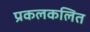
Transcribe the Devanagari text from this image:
प्रकलकलित